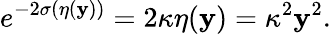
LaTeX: e^{-2\sigma(\eta(\mathbf{y}))}=2\kappa\eta(\mathbf{y})=\kappa^{2}\mathbf{y}^{2}.